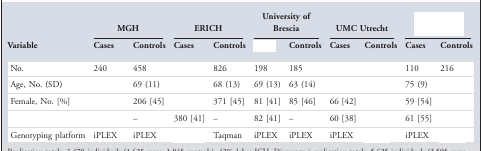
<table><thead><tr><td>[EMPTY_CELL]</td><td colspan="2"><b>MGH</b></td><td colspan="2"><b>ERICH</b></td><td colspan="2"><b>University of Brescia</b></td><td colspan="2"><b>UMC Utrecht</b></td><td colspan="2">[EMPTY_CELL]</td></tr><tr><td><b>Variable</b></td><td><b>Cases</b></td><td><b>Controls</b></td><td><b>Cases</b></td><td><b>Controls</b></td><td>[EMPTY_CELL]</td><td><b>Controls</b></td><td><b>Cases</b></td><td><b>Controls</b></td><td><b>Cases</b></td><td><b>Controls</b></td></tr></thead><tbody><tr><td>No.</td><td>240</td><td>458</td><td>[EMPTY_CELL]</td><td>826</td><td>198</td><td>185</td><td>[EMPTY_CELL]</td><td>[EMPTY_CELL]</td><td>110</td><td>216</td></tr><tr><td>Age, No. (SD)</td><td>[EMPTY_CELL]</td><td>69 (11)</td><td>[EMPTY_CELL]</td><td>68 (13)</td><td>69 (13)</td><td>63 (14)</td><td>[EMPTY_CELL]</td><td>[EMPTY_CELL]</td><td>75 (9)</td><td>[EMPTY_CELL]</td></tr><tr><td>Female, No. [%]</td><td>[EMPTY_CELL]</td><td>206 [45]</td><td>[EMPTY_CELL]</td><td>371 [45]</td><td>81 [41]</td><td>85 [46]</td><td>66 [42]</td><td>[EMPTY_CELL]</td><td>59 [54]</td><td>[EMPTY_CELL]</td></tr><tr><td>[EMPTY_CELL]</td><td>[EMPTY_CELL]</td><td>–</td><td>380 [41]</td><td>–</td><td>82 [41]</td><td>–</td><td>60 [38]</td><td>[EMPTY_CELL]</td><td>61 [55]</td><td>[EMPTY_CELL]</td></tr><tr><td>Genotyping platform</td><td>iPLEX</td><td>iPLEX</td><td>[EMPTY_CELL]</td><td>Taqman</td><td>iPLEX</td><td>iPLEX</td><td>iPLEX</td><td>[EMPTY_CELL]</td><td>iPLEX</td><td>[EMPTY_CELL]</td></tr></tbody></table>